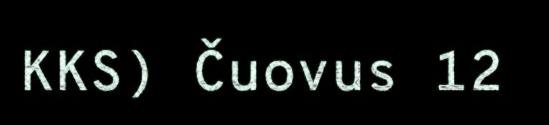
KKS) Čuovus 12